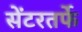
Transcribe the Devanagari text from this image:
सेंटरतर्फे